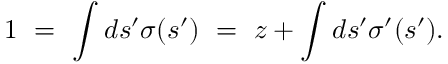
1 ~ = ~ \int d s ^ { \prime } \sigma ( s ^ { \prime } ) ~ = ~ z + \int d s ^ { \prime } \sigma ^ { \prime } ( s ^ { \prime } ) .